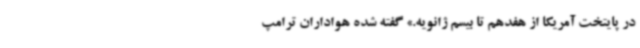
در پایتخت آمریکا از هفدهم تا بیسم ژانویه.» گفته شده هواداران ترامپ